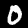
Digit: 0